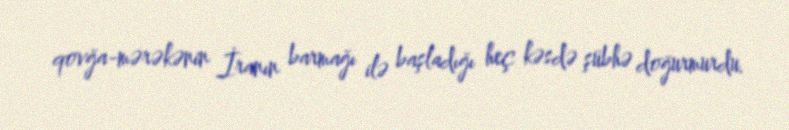
qovğa-mərəkənin İranın barmağı ilə başladığı heç kəsdə şübhə doğurmurdu.